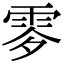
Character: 𩂙